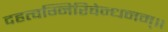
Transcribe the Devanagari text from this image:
दहत्वग्निरिवेन्धनम्॥